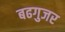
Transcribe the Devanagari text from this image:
बढगुजर